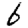
Digit: 6